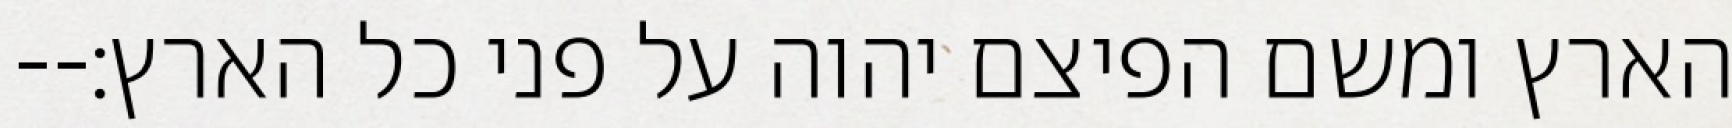
הארץ ומשם הפיצם יהוה על פני כל הארץ׃--